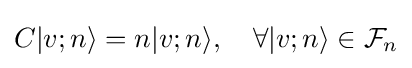
C|v;n\rangle =n|v;n\rangle ,\quad \forall |v;n\rangle \in {\mathcal {F}}_{n}